Report of the Lahore Medical School Hospital
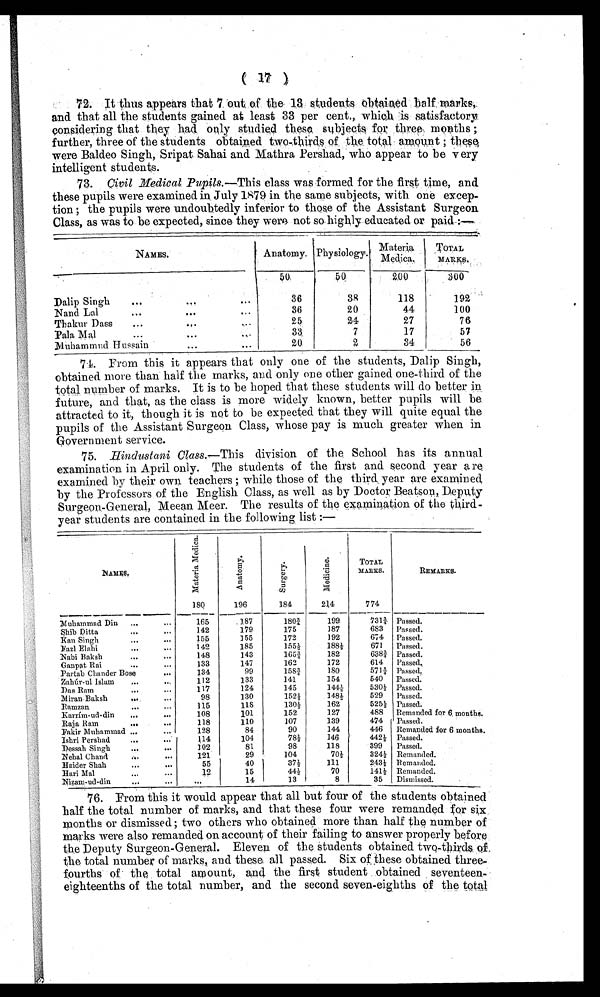
(17
)
72. It thus appears that 7 out of the 13 students obtained half marks,
and that all the students gained at least 33 per cent., which is satisfactory
considering that they had only studied these subjects for three months ;
further, three of the students obtained two-thirds of the total amount ; these
were Baldeo Singh, Sripat Sahai and Mathra Pershad, who appear to be very
intelligent students.
73. Civil Medical Pupils.—This class was formed for the first time, and
these pupils were examined. in July 1879 in the same subjects, with one excep-
tion ; the pupils were undoubtedly inferior to those of the Assistant Surgeon
Class, as was to be expected, since they were not so highly educated or paid :—
NAMES.
Anatomy. Physiology. Materia
Medica.
TOTAL
MARKS.
50
50
200
300
Dalip Singh
...
...
...
36
38
118
192
Nand Lal
...
...
...
36
20
44
100
Thakur Dass
..
...
...
25
24
27
76
Pala Mal
...
...
...
33
7
17
57
Muhammud Hussain
...
...
20
2
34
56
74. From this it appears that only one of the students, Dalip Singh,
obtained more than half the marks, and only one other gained one-third of the
total number of marks. It is to be hoped that these students will do better in
future, and that, as the class is more widely known, better pupils will be
attracted to it, though it is not to be expected that they will quite equal the
pupils of the Assistant Surgeon Class, whose pay is much greater when in
Government service.
75. Hindustani Class.— This division of the School has its annual
examination in April only. The students of the first and second year are
examined by their own teachers ; while those of the third year are examined
by the Professors of the English Class, as well as by Doctor Beatson, Deputy
Surgeon-General, Meean Meer. The results of the examination of the third-
year students are contained in the following list :—
NAMES.
1 8 0 M a t e r i a M e d i c a .
1 9 6 An a t o n y .
1 8 4 S u r g e r y .
2 1 4 Me d i c i n e .
TOTAL
MARKS.
774
REMARKS.
Muhammad Din
...
...
165
187
180¾
199
731¾ Passed.
Shib Ditta
...
...
142
179
175
187
683
Passed.
Kan Singh
...
...
155
155
172
192
674
Passed.
Fazl Elahi
...
...
142
185
155½
188½
671
Passed.
Nabi Baksh
148
143
165¾
182
638¾ Passed.
Ganpat Rai
...
...
133
147
162
172
614
Passed.
Partab Chander Bose
134
99
158¾
180
571¾ Passed.
Zahúr-u1 Islam
...
112
133
141
154
540
Passed.
Das Ram
...
...
117
124
145
144½
530½ Passed.
Miran Baksh
...
98
130
152½
148½
529
Passed.
Ramzan
...
115
118
130½
162
525½ Passed.
Karrím-ud-din
...
...
108
101
152
127
488
Remanded for 6 months.
Raja Ram
...
...
118
110
107
139
474
Passed.
Fakir Muhammad ...
...
128
84
90
144
446
Remanded for 6 months.
Ishri Pershad
...
114
104
78½
146
442½ Passed.
Dessah Singh
...
...
102
81
98
118
399
Passed.
Nehal Chand
...
...
121
29
104
70½
324½ Remanded.
Haider Shah
...
...
55
40
37½
111
243½ Remanded.
Hari Mal
...
...
12
15
44½
70
141½ Remanded.
Nizam-ud-din
...
...
...
14
13
8
35
Dismissed.
76. From this it would appear that all but four of the students obtained
half the total number of marks, and that these four were remanded for six
months or dismissed ; two others who obtained more than half the number of
marks were also remanded on account of their failing to answer properly before
the Deputy Surgeon-General. Eleven of the students obtained two-thirds of
the total number of marks, and these all passed. Six of these obtained three
-fourths of the total amount, and the first student obtained seventeen-
eighteenths of the total number, and the second seven-eighths of the total